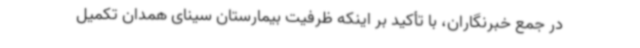
در جمع خبرنگاران، با تأکید بر اینکه ظرفیت بیمارستان سینای همدان تکمیل